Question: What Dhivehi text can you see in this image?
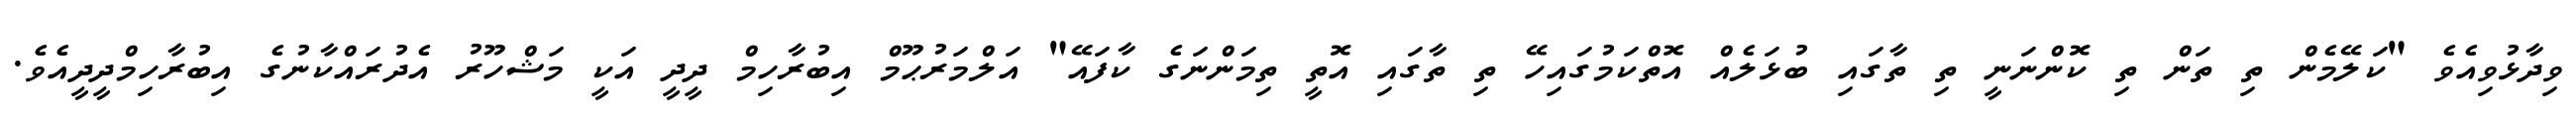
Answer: ވިދާޅުވިއެވެ "ކަލޭމެން ތި ތަން ތި ކޮންނަނީ ތި ތާގައި ބުޅަލެއް އޮތްކަމުގައިހޭ ތި ތާގައި އޮތީ ތިމަންނަގެ ކާފައޭ" އަލްމަރުޙޫމް އިބުރާހިމް ދީދީ އަކީ މަޝްހޫރު އެދުރައްކާނުގެ އިބުރާހިމްދީދީއެވެ.